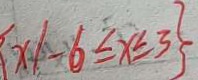
\{ x \vert - 6 \leq x \leq 3 \}